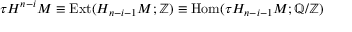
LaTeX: \tau H ^ { n - i } M \equiv \mathrm { E x t } ( H _ { n - i - 1 } M ; \mathbb { Z } ) \equiv \mathrm { H o m } ( \tau H _ { n - i - 1 } M ; \mathbb { Q } / \mathbb { Z } )